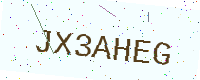
Text: JX3AHEG